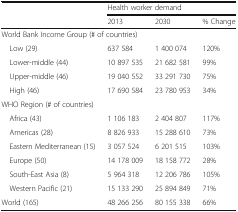
| <ROWSPAN=2>  | <COLSPAN=3> Health worker demand |
 | 2013 | 2030 | % Change |
 | --- | --- | --- | --- |
 | <COLSPAN=4> World Bank Income Group (# of countries) |
 | Low (29) | 637 584 | 1 400 074 | 120% |
 | Lower-middle (44) | 10 897 535 | 21 682 581 | 99% |
 | Upper-middle (46) | 19 040 552 | 33 291 730 | 75% |
 | High (46) | 17 690 584 | 23 780 953 | 34% |
 | <COLSPAN=4> WHO Region (# of countries) |
 | Africa (43) | 1 106 183 | 2 404 807 | 117% |
 | Americas (28) | 8 826 933 | 15 288 610 | 73% |
 | Eastern Mediterranean (15) | 3 057 524 | 6 201 515 | 103% |
 | Europe (50) | 14 178 009 | 18 158 772 | 28% |
 | South-East Asia (8) | 5 964 318 | 12 206 786 | 105% |
 | Western Pacific (21) | 15 133 290 | 25 894 849 | 71% |
 | World (165) | 48 266 256 | 80 155 338 | 66% |